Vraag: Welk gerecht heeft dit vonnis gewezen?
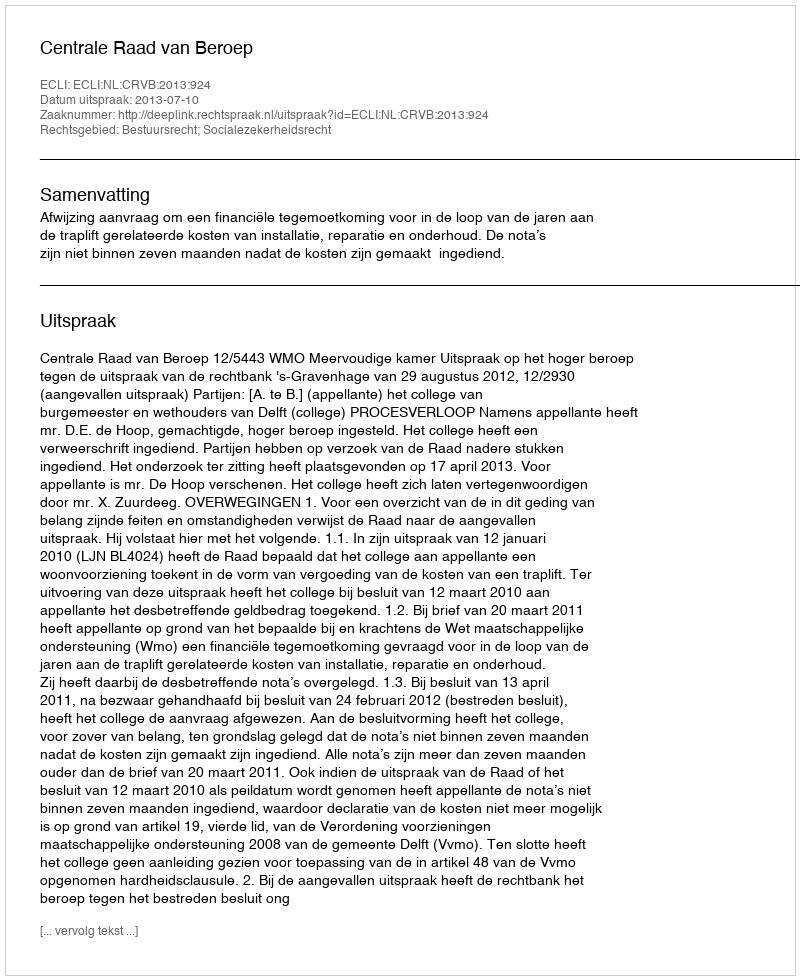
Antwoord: Centrale Raad van Beroep